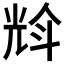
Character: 𠒡